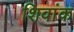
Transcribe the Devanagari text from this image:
शिवांक